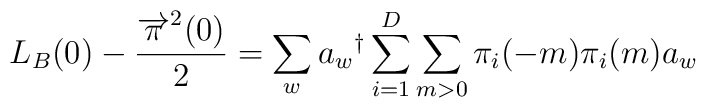
L_B(0) - \frac {{\overrightarrow{\pi}}^2(0)}{2} = \sum_w a_w{}^{\dag} \sum_{i=1}^D\sum_{m>0} \pi_i(-m)\pi_i(m)a_w